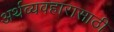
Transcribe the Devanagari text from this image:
अर्थव्यवहारासाठी